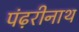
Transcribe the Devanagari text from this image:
पंढ़रीनाथ